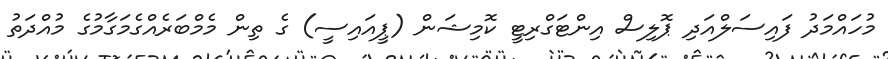
މުހައްމަދު ފައިސަލްއަދި ޕޮލިސް އިންޓަގްރިޓީ ކޮމިޝަން (ޕީއައިސީ) ގެ ތިން މެމްބަރެއްގެމަގާމުގެ މުއްދަތު